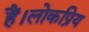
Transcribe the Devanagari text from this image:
हैं।लोकप्रिय